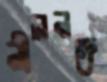
নীলনদে